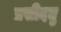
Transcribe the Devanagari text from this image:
प्रसीदतु